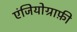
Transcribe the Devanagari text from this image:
एंजियोग्राफ़ी